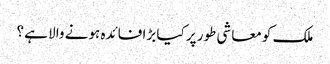
ملک کو معاشی طور پر کیا بڑا فائدہ ہونے والا ہے ؟